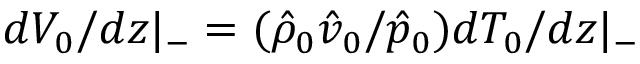
d V _ { 0 } / d z | _ { - } = ( \hat { \rho } _ { 0 } \hat { v } _ { 0 } / \hat { p } _ { 0 } ) d T _ { 0 } / d z | _ { - }